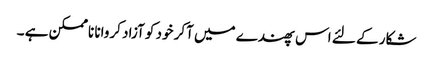
شکار کے لئے اس پھندے میں آکر خود کو آزاد کروانا ناممکن ہے ۔